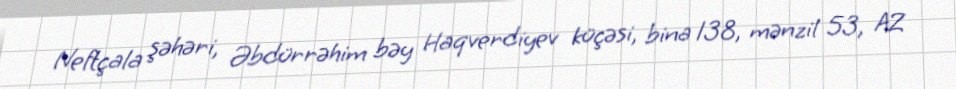
Neftçala şəhəri, Əbdürrəhim bəy Haqverdiyev küçəsi, bina 138, mənzil 53, AZ